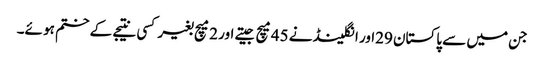
جن میں سے پاکستان 29اور انگلینڈ نے 45میچ جیتے اور 2میچ بغیر کسی نتیجے کے ختم ہو ئے۔